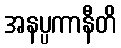
အနပ္ပကာနီတိ